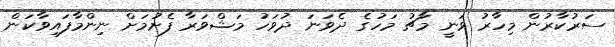
ސަރުކާރުން މިހާރު ވަނީ މާޗު މަހުގެ ދެވަނަ ދުވަހު މަޝްވަރާ ފެށުމަށް ނިންމާފައިވާކަން